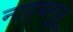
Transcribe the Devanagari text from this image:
नाट्यगुरू